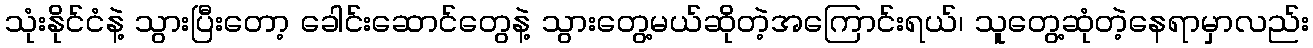
သုံးနိုင်ငံနဲ့ သွားပြီးတော့ ခေါင်းဆောင်တွေနဲ့ သွားတွေ့မယ်ဆိုတဲ့အကြောင်းရယ်၊ သူတွေ့ဆုံတဲ့နေရာမှာလည်း